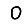
Digit: 0